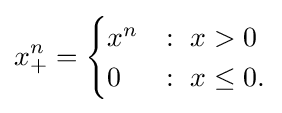
x_{+}^{n}={\begin{cases}x^{n}&:\ x>0\\0&:\ x\leq 0.\end{cases}}